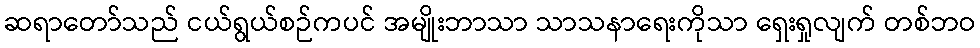
ဆရာတော်သည် ငယ်ရွယ်စဉ်ကပင် အမျိုးဘာသာ သာသနာရေးကိုသာ ရှေးရှုလျက် တစ်ဘဝ